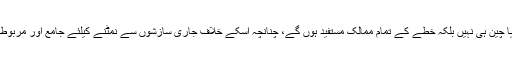
سی پیک کے ثمرات سے فقط پاکستان یا چین ہی نہیں بلکہ خطے کے تمام ممالک مستفید ہوں گے، چنانچہ اسکے خلاف جاری سازشوں سے نمٹنے کیلئے جامع اور مربوط حکمت عملی اپنانے کی ضرورت ہے۔